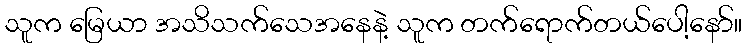
သူက မြေယာ အသိသက်သေအနေနဲ့ သူက တက်ရောက်တယ်ပေါ့နော်။